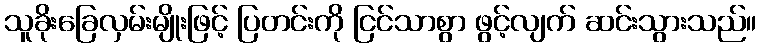
သူခိုးခြေလှမ်းမျိုးဖြင့် ပြတင်းကို ငြင်သာစွာ ဖွင့်လျက် ဆင်းသွားသည်။